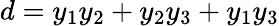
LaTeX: d=y_{1}y_{2}+y_{2}y_{3}+y_{1}y_{3}